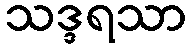
သဒ္ဒရသာ